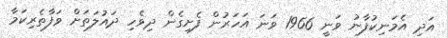
އަދި އެމަނިކުފާނު ވަނީ 1966 ވަނަ އަހަރުން ފެށިގެން ދިވެހި ދައުލަތަށް ވަފާތެރިކަމާ